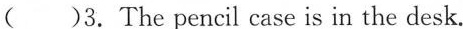
( )3. The pencil case is in the desk.